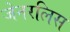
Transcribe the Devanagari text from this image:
जेनरलिस